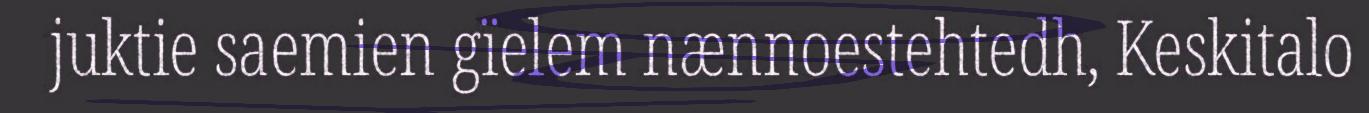
juktie saemien gïelem nænnoestehtedh, Keskitalo